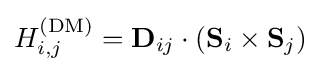
H_{i,j}^{\rm {(DM)}}=\mathbf {D} _{ij}\cdot (\mathbf {S} _{i}\times \mathbf {S} _{j})